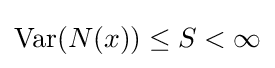
\operatorname {Var} (N(x))\leq S<\infty